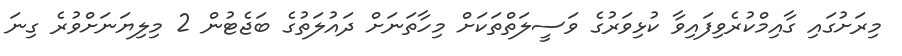
މިރަށުގައި ގާއިމްކުރެވިފައިވާ ކުޅިވަރުގެ ވަސީލަތްތަކަށް މިހާތަނަށް ދައުލަތުގެ ބަޖެޓުން 2 މިލިޔަނަށްވުރެ ގިނަ